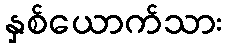
နှစ်ယောက်သား